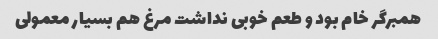
همبرگر خام بود و طعم خوبی نداشت مرغ هم بسیار معمولی